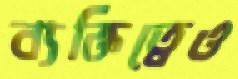
ব্যক্তিত্বেও